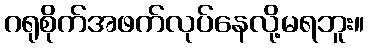
ဂရုစိုက်အဖက်လုပ်နေလို့မရဘူး။